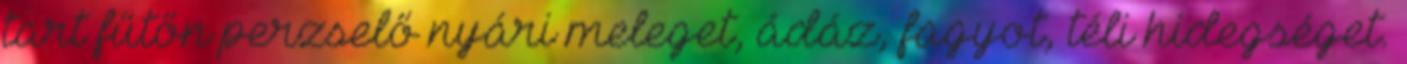
tart fűtőn perzselő nyári meleget, ádáz, fagyot, téli hidegséget.